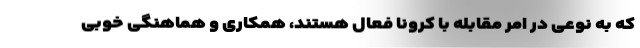
که به نوعی در امر مقابله با کرونا فعال هستند، همکاری و هماهنگی خوبی